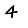
Digit: 4